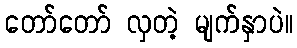
တော်တော် လှတဲ့ မျက်နှာပဲ။